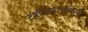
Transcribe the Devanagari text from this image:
दर्शनप्रणालियों